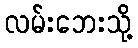
လမ်းဘေးသို့